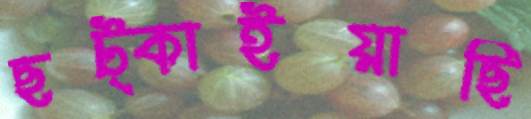
ছট্‌কাইয়াছি